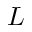
L